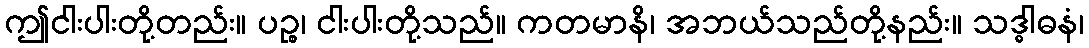
ဤငါးပါးတို့တည်း။ ပဉ္စ၊ ငါးပါးတို့သည်။ ကတမာနိ၊ အဘယ်သည်တို့နည်း။ သဒ္ဓါဓနံ၊